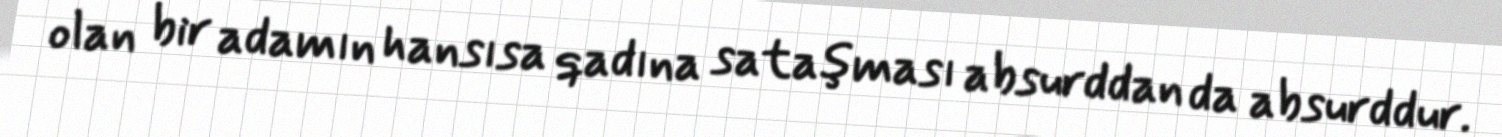
olan bir adamın hansısa qadına sataşması absurddan da absurddur.